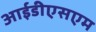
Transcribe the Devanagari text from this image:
आईडीएसएम